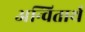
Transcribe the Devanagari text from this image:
अन्वितार्थ